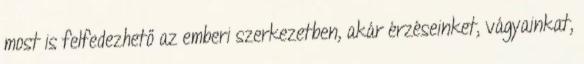
most is felfedezhető az emberi szerkezetben, akár érzéseinket, vágyainkat,